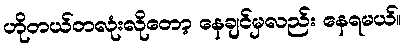
ဟိုတယ်တလုံးလိုတော့ နေချင်မှလည်း နေရမယ်။